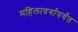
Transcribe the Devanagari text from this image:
महिलावर्गापर्यंत